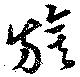
旗